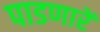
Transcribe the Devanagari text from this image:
पाडणारें